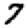
Digit: 7